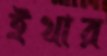
ইথার